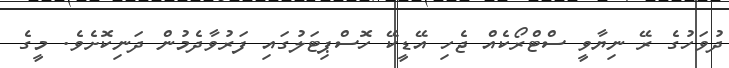
ދުވަހުގެ ރޭ ނިޔާވީ ސްޓްރޯކެއް ޖެހި އޭޑީކޭ ހޮސްޕިޓަލުގައި ފަރުވާދެމުން ދަނިކޮށެވެ. މީގެ